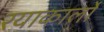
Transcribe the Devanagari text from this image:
रयाकार्लो